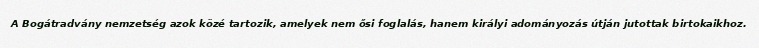
A Bogátradvány nemzetség azok közé tartozik, amelyek nem ősi foglalás, hanem királyi adományozás útján jutottak birtokaikhoz.